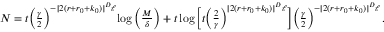
\begin{array} { r } { N = t \Big ( \frac { \gamma } { 2 } \Big ) ^ { - [ 2 ( r + r _ { 0 } + k _ { 0 } ) ] ^ { D } \ell } { \log \Big ( \frac { M } { \delta } \Big ) + t \log \Big [ t \Big ( \frac { 2 } { \gamma } \Big ) ^ { [ 2 ( r + r _ { 0 } + k _ { 0 } ) ] ^ { D } \ell } \Big ] } \Big ( \frac { \gamma } { 2 } \Big ) ^ { - [ 2 ( r + r _ { 0 } + k _ { 0 } ) ] ^ { D } \ell } \, . } \end{array}